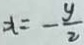
x = - \frac { y } { 2 }